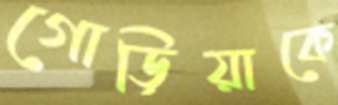
গোড়িয়াকে